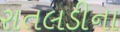
રાતલડીના